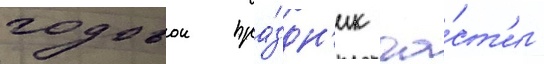
годовои пра́здн'ик ча́ст'и -